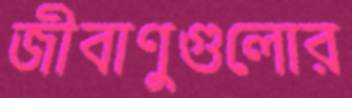
জীবাণুগুলোর